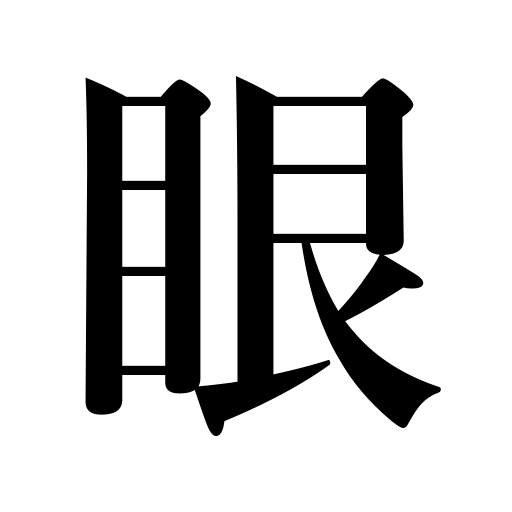
Meanings: vision,weight,mesh,eye,insight,treatment,experience,weave,sight,look,grain,favor,discrimination,viewpoint,care,pity,texture,tooth of a saw,gaze,attention,notice,eye of a needle,square